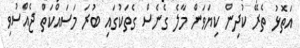
އަތޮޅު ތެރޭ ކުދިން ކިޔަވަން މާލެ ގެނެސް ގެތަކުގައި ބުރަ މަސައްކަތް ޖެއްސުވި